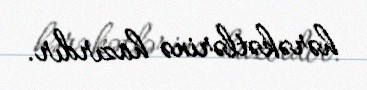
hərəkətlərinə hazırdır.